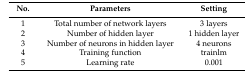
| No. | Parameters | Setting |
 | --- | --- | --- |
 | 1 | Total number of network layers | 3 layers |
 | 2 | Number of hidden layer | 1 hidden layer |
 | 3 | Number of neurons in hidden layer | 4 neurons |
 | 4 | Training function | trainlm |
 | 5 | Learning rate | 0.001 |